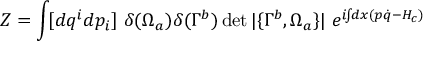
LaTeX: { \cal Z } = \int \! [ d q ^ { i } d p _ { i } ] ~ \delta ( \Omega _ { a } ) \delta ( \Gamma ^ { b } ) \operatorname * { d e t } | \{ \Gamma ^ { b } , \Omega _ { a } \} | ~ e ^ { i \! \! \int \! \! d x ( p \dot { q } - H _ { c } ) }